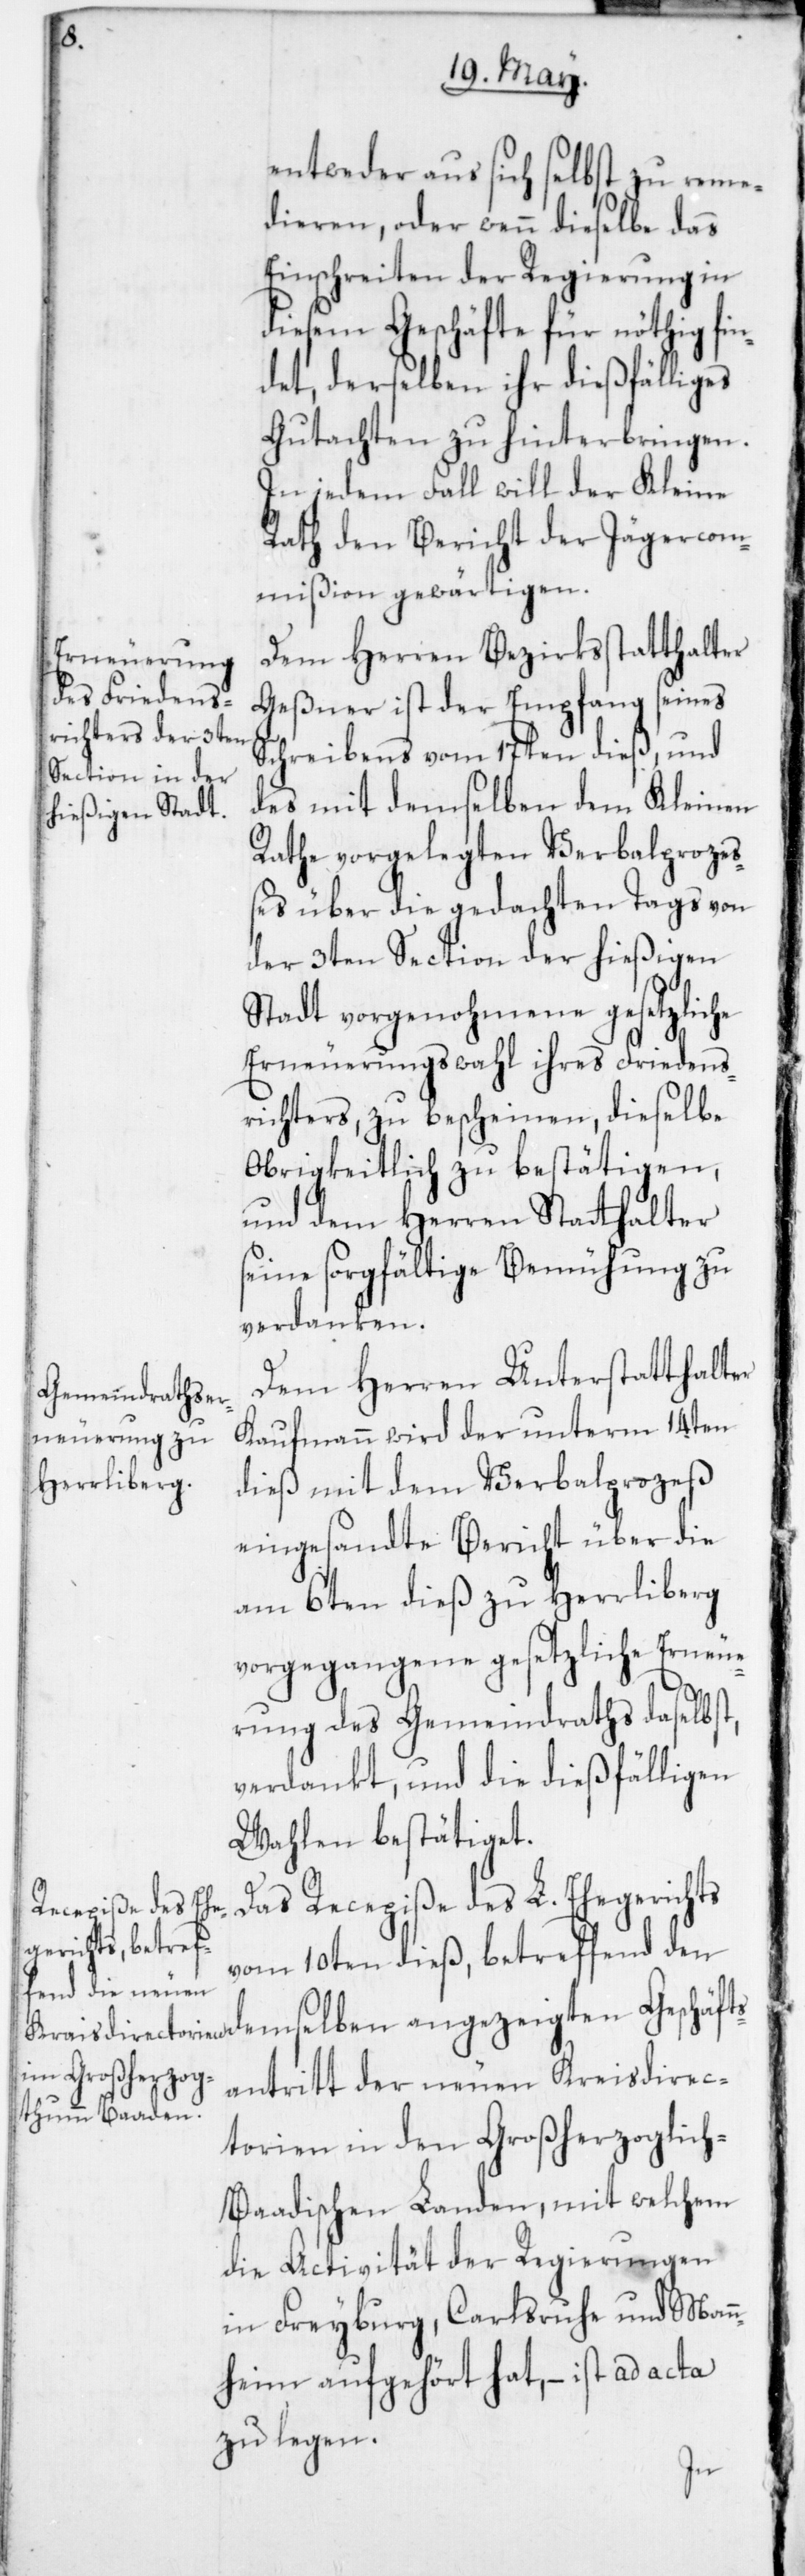
entweder aus sich selbst zu reme¬
dieren, oder wenn dieselbe das
Einschreiten der Regierung in
diesem Geschäfte für nöthig fin¬
det, derselben ihr dießfälliges
Gutachten zu hinterbringen.
In jedem Fall will der Kleine
Rath den Bericht der Jägercom¬
mißion gewärtigen.
Dem Herren Bezirksstatthalter
Geßner ist der Empfang seines
Schreibens vom 17ten dieß und
des mit demselben dem Kleinen
Rathe vorgelegten Verbalproze¬
ßes über die gedachten Tags von
der 3ten Section der hießigen
Stadt vorgenohmene gesetzliche
Erneuerungswahl ihres Friedens¬
richters zu bescheinen, dieselbe
Obrigkeitlich zu bestätigen,
und dem Herren Statthalter
seine sorgfältige Bemühung zu
verdanken.
Dem Herren Unterstatthalter
Kaufmann wird der unterm 14ten
dieß mit dem Verbalprozeß
eingesandte Bericht über die
am 6ten dieß zu Herrliberg
vorgegangene gesetzliche Erneue¬
rung des Gemeindraths daselbst
verdankt, und die dießfälligen
Wahlen bestätiget.
Das Recepiße des L. Ehegerichts
vom 10ten dieß, betreffend den
demselben angezeigten Geschäft¬
santritt der neuen Kreisdirec¬
torien in den Großherzoglic¬
h-Baadischen Landen, mit welchem
die Activität der Regierungen
in Freyburg, Carlsruhe und Man¬
heim aufgehört hat, – ist ad acta
zu legen.
n¬